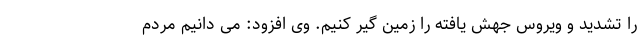
را تشدید و ویروس جهش یافته را زمین گیر کنیم. وی افزود: می دانیم مردم